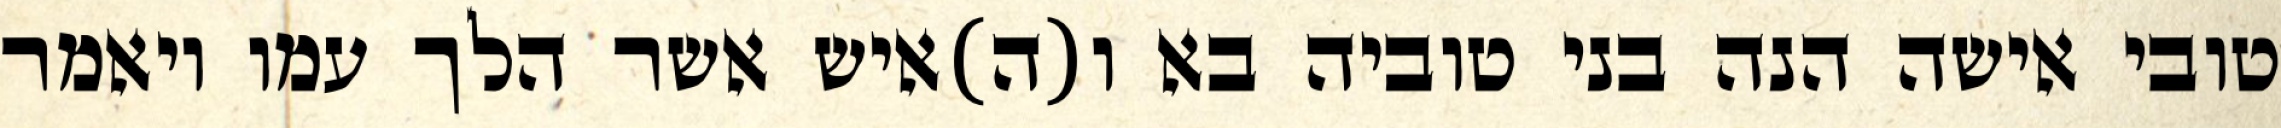
טובי אישה הנה בני טוביה בא ו(ה)איש אשר הלך עמו ויאמר